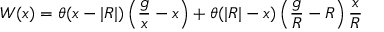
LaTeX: W ( x ) = \theta ( x - | R | ) \left( { \frac { g } { x } } - x \right) + \theta ( | R | - x ) \left( { \frac { g } { R } } - R \right) { \frac { x } { R } }